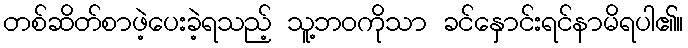
တစ်ဆိတ်စာဖဲ့ပေးခဲ့ရသည့် သူ့ဘဝကိုသာ ခင်နှောင်းရင်နာမိရပါ၏။